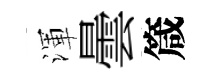
渾曇箴